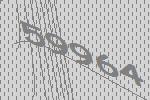
59964